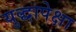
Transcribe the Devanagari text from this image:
युद्धापेक्षा